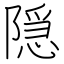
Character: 隠